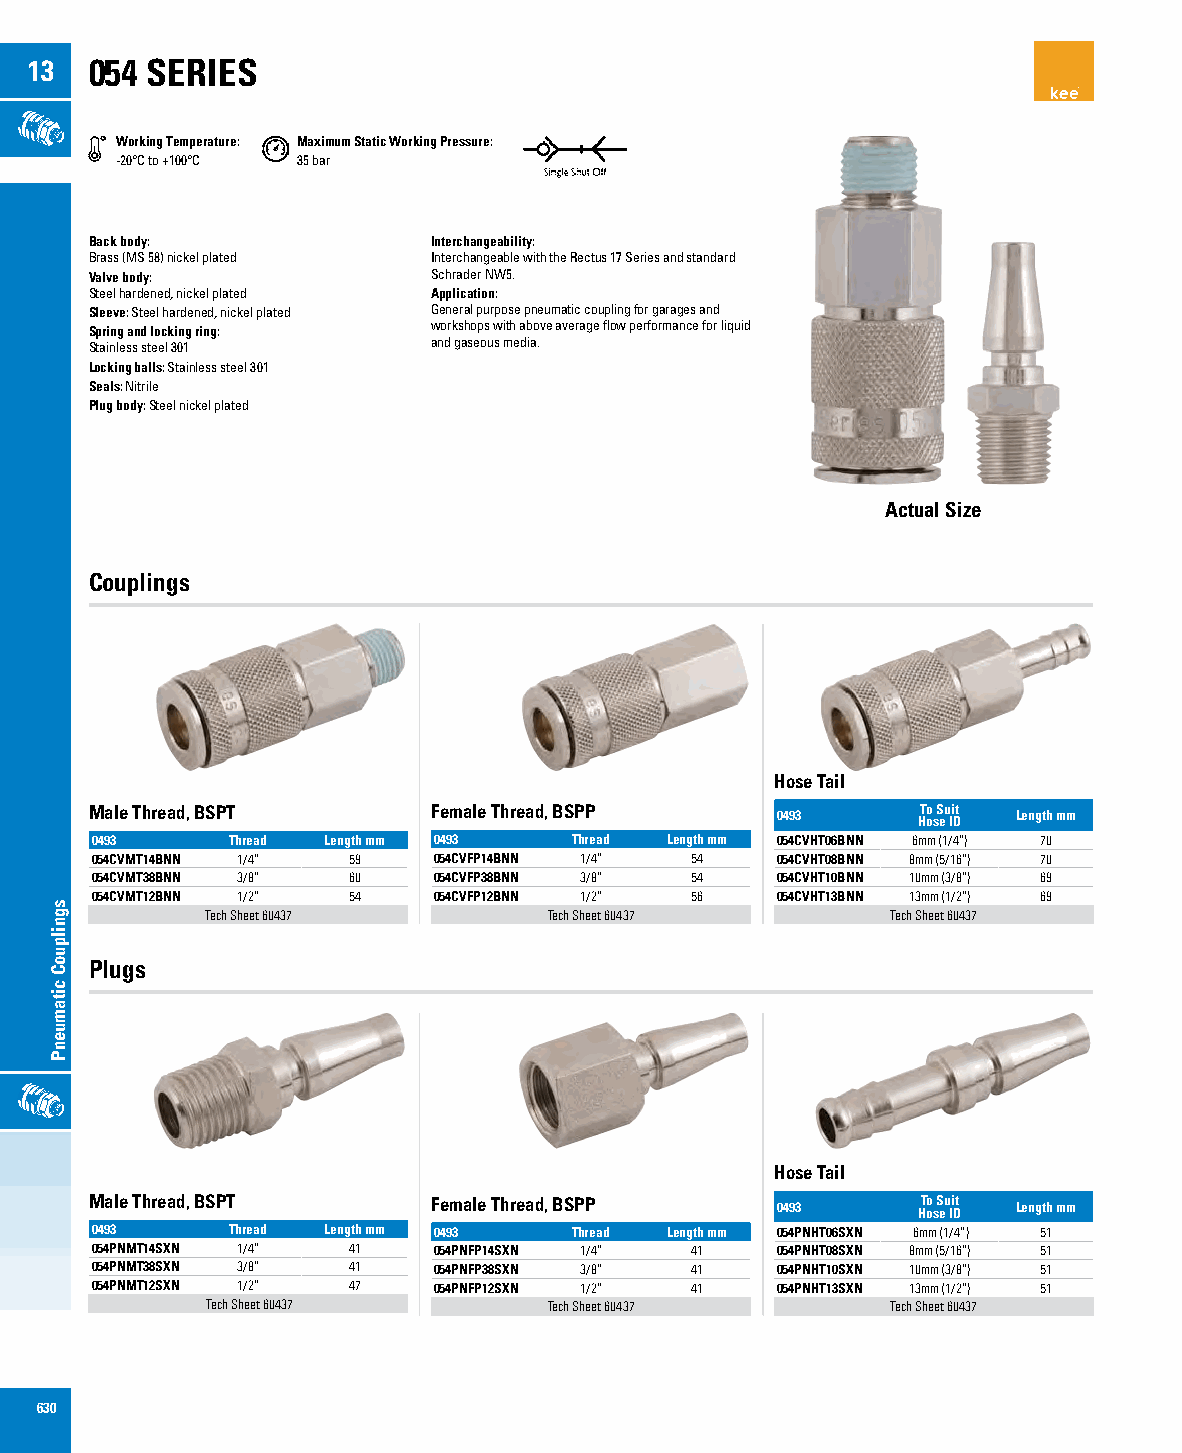
13  054 SERIES
 Working Temperature: Maximum Static Working Pressure:
 -20°C to +100°C 35 bar
 Back body:             Interchangeability:
 Brass (MS 58) nickel plated Interchangeable with the Rectus 17 Series and standard
 Valve body:            Schrader NW5.
 Steel hardened, nickel plated Application:
 Sleeve: Steel hardened, nickel plated General purpose pneumatic coupling for garages and
 Spring and locking ring: workshops with above average flow performance for liquid
 Stainless steel 301    and gaseous media.
 Locking balls: Stainless steel 301
 Seals: Nitrile
 Plug body: Steel nickel plated
 Actual Size
 Couplings
 Hose Tail
 Male Thread, BSPT      Female Thread, BSPP   0493      HT oo s S eu Ii Dt Length mm
 0493     Thread Length mm 0493  Thread Length mm 054CVHT06BNN 6mm (1/4”) 70
 054CVMT14BNN 1/4” 59   054CVFP14BNN 1/4” 54  054CVHT08BNN 8mm (5/16”) 70
 054CVMT38BNN 3/8” 60   054CVFP38BNN 3/8” 54  054CVHT10BNN 10mm (3/8”) 69
 054CVMT12BNN 1/2” 54   054CVFP12BNN 1/2” 56  054CVHT13BNN 13mm (1/2”) 69
 Tech Sheet 60437      Tech Sheet 60437       Tech Sheet 60437
 Plugs
 Hose Tail
 Male Thread, BSPT      Female Thread, BSPP   0493      HT oo s S eu Ii Dt Length mm
 0493     Thread Length mm 0493  Thread Length mm 054PNHT06SXN 6mm (1/4”) 51
 054PNMT14SXN 1/4” 41   054PNFP14SXN 1/4” 41  054PNHT08SXN 8mm (5/16”) 51
 054PNMT38SXN 3/8” 41   054PNFP38SXN 3/8” 41  054PNHT10SXN 10mm (3/8”) 51
 054PNMT12SXN 1/2” 47   054PNFP12SXN 1/2” 41  054PNHT13SXN 13mm (1/2”) 51
 Tech Sheet 60437      Tech Sheet 60437       Tech Sheet 60437
 630
 sgnilpuoC
 citamuenP